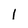
Character: 1